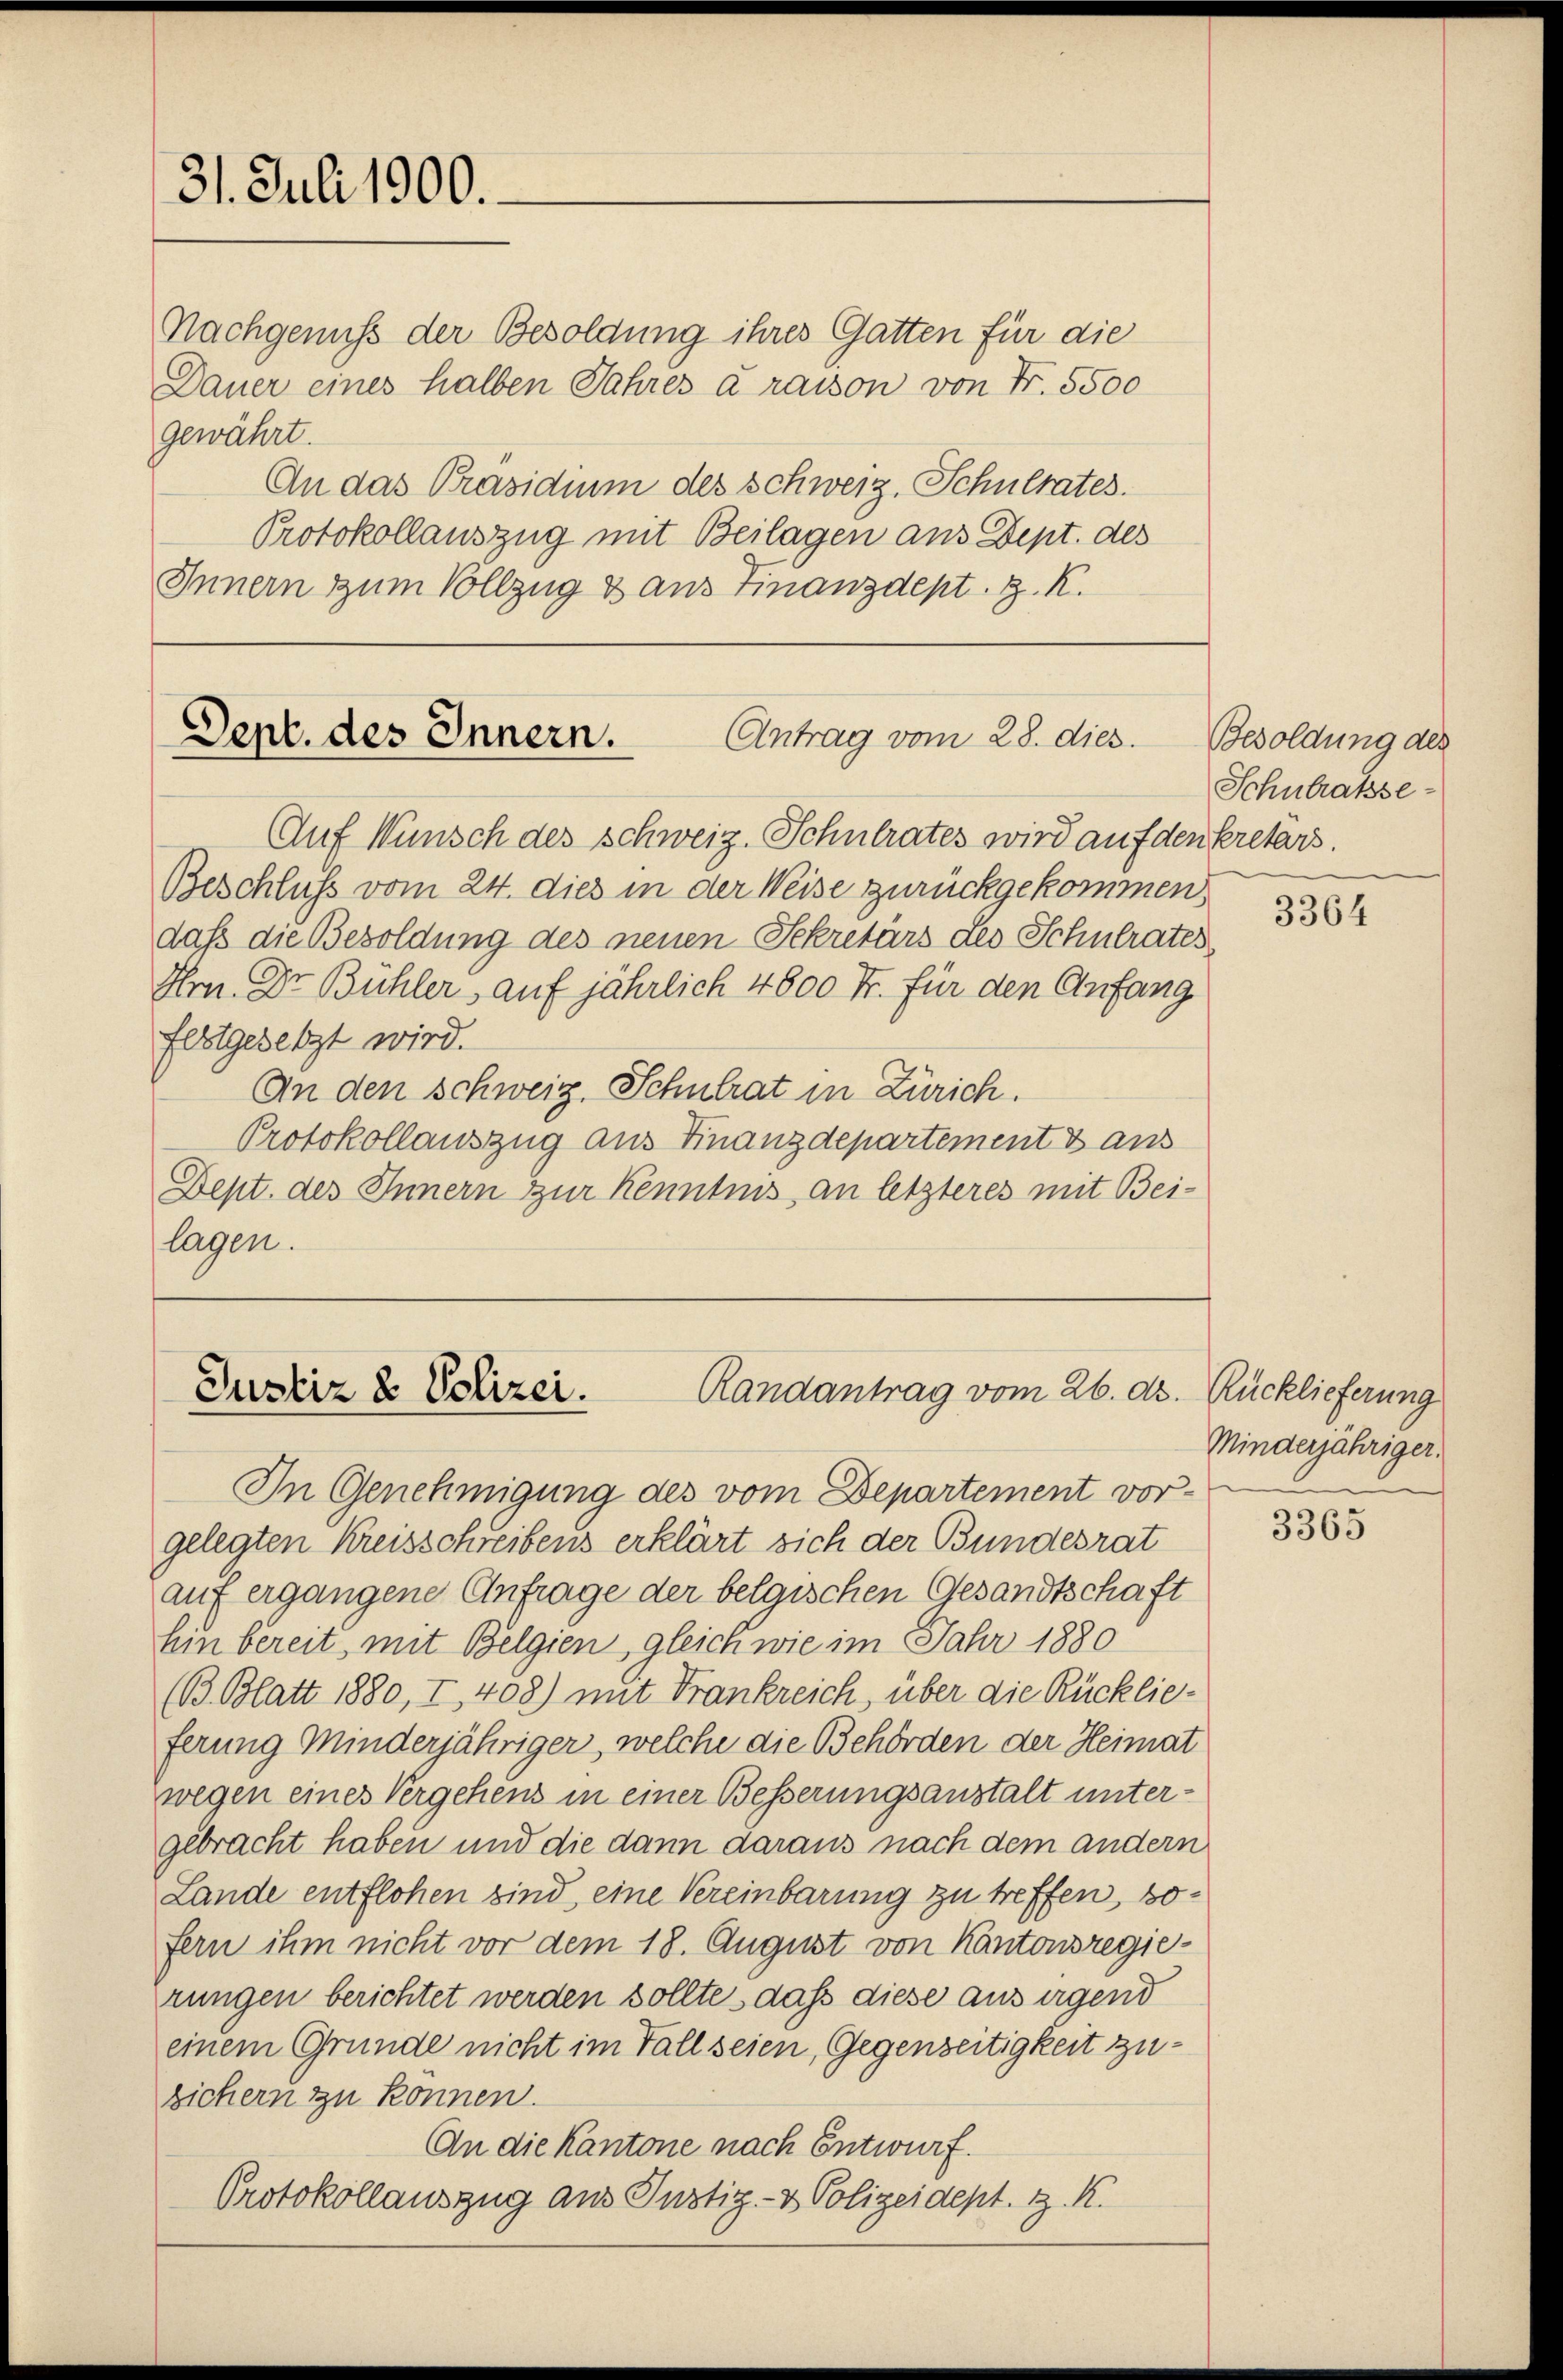
31. Juli 1900.

Nachgenuß der Besoldung ihres Gatten für die
Dauer eines halben Jahres à raison von Fr. 5500
gewährt.
An das Präsidium des Schweiz. Schulrates.
Protokollauszug mit Beilagen aus Dept. des
Innern zum Vollzug & aus Finanzdept. z. K.

Sept. des Innern.
Antrag vom 28. dies.

Auf Wunsch des Schweiz. Schulrates wird auf den kretärs.
Beschluß vom 24. dies in der Weise zurückgekommen
daß die Besoldung des neuen Sekretärs des Schulrates
Hrn. Dr. Bühler, auf jährlich 4800 Fr. für den Anfang
festgesetzt wird.
An den schweiz. Schulrat in Zürich.
Protokollauszug aus Finanzdepartement & aus
Dept. des Innern zur Kenntnis an letzteres mit Bei-
lagen.

Randantrag vom 26. ds. Rücklieferung
Justiz & Polizei.

Besoldung des
Schulratsse-

In Genehmigung des vom Departement vor-
gelegten Kreisschreibens erklärt sich der Bundesrat
auf ergangene Anfrage der belgischen Gesandtschaft
hin bereit, mit Belgien gleich wie im Jahr 1880
(B. Blatt 1880, I, 408) mit Frankreich, über die Rücklie-
ferung Minderjähriger, welche die Behörden der Heimat
wegen eines Vergehens in einer Besserungsanstalt untergebracht haben und die dann daraus nach dem andern
Lande entflohen sind, eine Vereinbarung zu treffen, sofern ihm nicht vor dem 18. August von Kantonsregierungen berichtet werden sollte, daß diese aus irgend
einem Grunde nicht im Fall seien, Gegenseitigkeit zusichern zu können.
An die Kantone nach Entwurf.
Protokollauszug aus Justiz- & Polizeidept. z. K.

3364

Minderjähriger.

3365